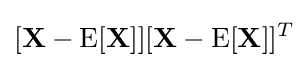
[\mathbf {X} -\operatorname {E} [\mathbf {X} ]][\mathbf {X} -\operatorname {E} [\mathbf {X} ]]^{T}